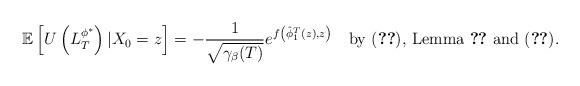
LaTeX: \begin{align*}\mathbb{E}\left[U\left(L_T^{{\phi}^*}\right)|X_0=z\right]=-\frac{1}{\sqrt{\gamma_\beta(T)}}e^{f\left(\hat{\phi}_1^T(z),z\right)}\quad\textrm{by \eqref{matrixformofexp}, Lemma \ref{determinantwithgamma} and \eqref{f}}.\end{align*}